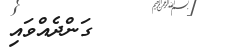
ގަންދެއްވައި